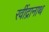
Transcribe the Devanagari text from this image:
रवींद्रानाथ